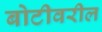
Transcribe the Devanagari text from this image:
बोटीवरील